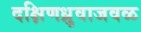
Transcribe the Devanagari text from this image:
दक्षिणध्रुवाजवळ